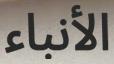
الأنباء